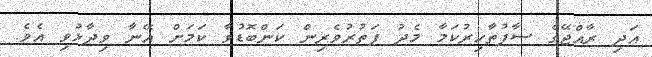
އަދި ރާއްޖޭގެ ސާފުތާހިރުކަމާ މެދު ފަތުރުވެރިން ކަންބޮޑުވާ ކަމަށް އޭނާ ވިދާޅުވި އެވެ.